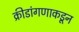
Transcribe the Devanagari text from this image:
क्रीडांगणाकडून